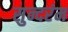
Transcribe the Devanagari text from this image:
सुन्दरंम